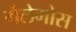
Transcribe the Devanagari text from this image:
गैलेगोस